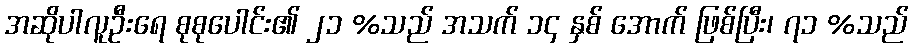
အဆိုပါလူဦးရေ စုစုပေါင်း၏ ၂၁ %သည် အသက် ၁၄ နှစ် အောက် ဖြစ်ပြီး၊ ၇၁ %သည်